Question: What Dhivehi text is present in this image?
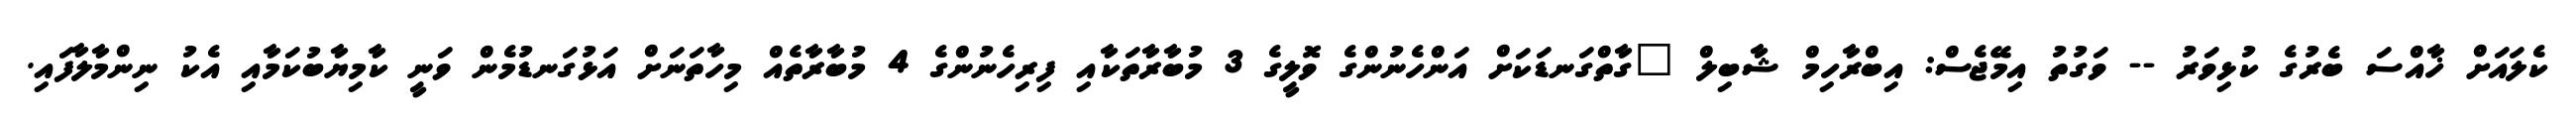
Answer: ކެލައަށް ޚާއްސަ ބެރުގެ ކުޅިވަރު -- ވަގުތު އިމޭޖެސް: އިބްރާހިމް ޝާބިލް "ގާތްގަނޑަކަށް އަންހެނުންގެ ވޮލީގެ 3 މުބާރާތަކާއި ފިރިހެނުންގެ 4 މުބާރާތެއް މިހާތަނަށް އަޅުގަނޑުމެން ވަނީ ކާމިޔާބުކަމާއި އެކު ނިންމާލާފައި.